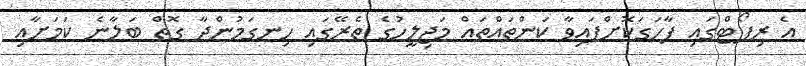
އެ ރިޕޯޓްގައި ފާހަގަކޮށްފައިވާ ކަންތައްތައް މަޖިލީހުގެ ތެރޭގައި ހިނގަމުންދާ ގޮތް ބަލާނެ ކަމަށާއި